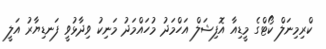
ކްރިމިނަލް ކޯޓްގެ މީޑިއާ އޮފިޝަލް އަހްމަދު މުހައްމަދު މަނިކު ވިދާޅުވީ ފަނޑިޔާރު އަލީ